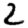
Digit: 2